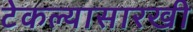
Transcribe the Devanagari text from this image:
टेकल्यासारखी